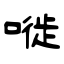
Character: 嘥